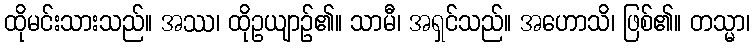
ထိုမင်းသားသည်။ အဿ၊ ထိုဥယျာဉ်၏။ သာမီ၊ အရှင်သည်။ အဟောသိ၊ ဖြစ်၏။ တသ္မာ၊